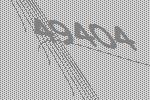
49404